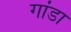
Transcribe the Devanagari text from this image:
गांडा